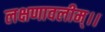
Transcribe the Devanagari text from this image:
लक्षणावलीम्।।